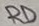
Text: RD